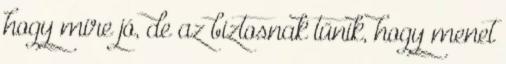
hogy mire jó, de az biztosnak tűnik, hogy menet